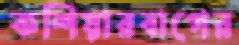
কশিয়ারবাগের